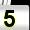
Digit: 5